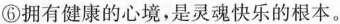
⑥拥有健康的心境，是灵魂快乐的根本。